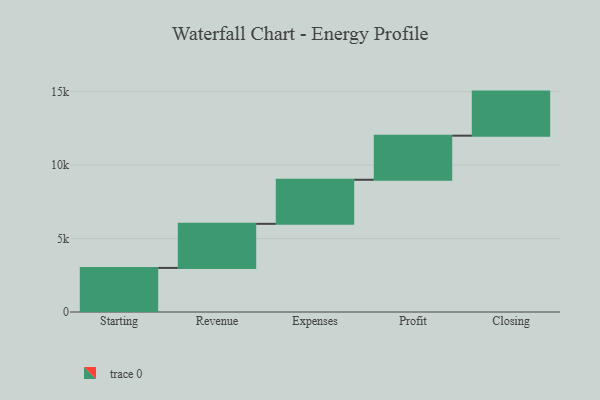
{"axis": {"x": "Step", "y": "Value"}, "legend": [""], "data": [{"x": "Starting", "y": 3000, "type": ""}, {"x": "Revenue", "y": 3000, "type": ""}, {"x": "Expenses", "y": 3000, "type": ""}, {"x": "Profit", "y": 3000, "type": ""}, {"x": "Closing", "y": 3000, "type": ""}]}